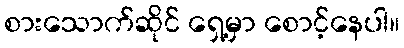
စားသောက်ဆိုင် ရှေ့မှာ စောင့်နေပါ။